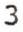
3